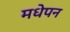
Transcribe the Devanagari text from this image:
मधेपन